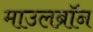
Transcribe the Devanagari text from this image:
माउलब्रॉन